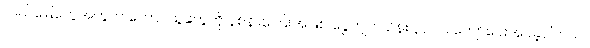
လယ်မြေတွေအတွက် တောင်သူတွေကို နစ်နာကြေးအဖြစ် ငွေကျပ် သိန်း ၃၀၀၀ ကျော်ပေးအပ်ခဲ့ပါတယ်။